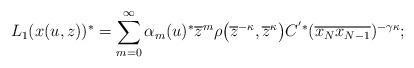
LaTeX: \begin{gather*}L_{1}(x(u,z)) ^{\ast}=\sum_{m=0}^{\infty}\alpha_{m}(u) ^{\ast}\overline{z}^{m}\rho \big( \overline {z}^{-\kappa},\overline{z}^{\kappa}\big) C^{^{\prime}\ast} (\overline{x_{N}x_{N-1}}) ^{-\gamma\kappa};\end{gather*}